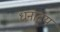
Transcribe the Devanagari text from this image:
धनाढ्‍य